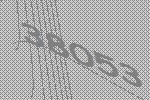
38053